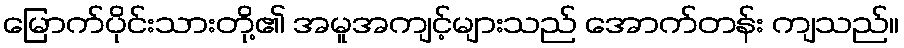
မြောက်ပိုင်းသားတို့၏ အမူအကျင့်များသည် အောက်တန်း ကျသည်။